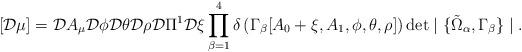
LaTeX: \begin{align*}[{\cal D} \mu] = {\cal D} A_\mu {\cal D} \phi {\cal D} \theta {\cal D} \rho {\cal D} \Pi^1 {\cal D} \xi \prod^4_{\beta = 1} \delta\left(\Gamma_{\beta}[A_0 + \xi, A_1, \phi, \theta, \rho]\right) \det \mid \{\tilde{\Omega}_{\alpha}, \Gamma_{\beta}\} \mid.\end{align*}